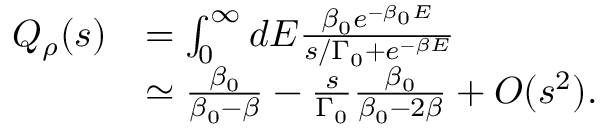
\begin{array} { r l } { Q _ { \rho } ( s ) } & { = \int _ { 0 } ^ { \infty } d E \frac { \beta _ { 0 } e ^ { - \beta _ { 0 } E } } { s / \Gamma _ { 0 } + e ^ { - \beta E } } } \\ & { \simeq \frac { \beta _ { 0 } } { \beta _ { 0 } - \beta } - \frac { s } { \Gamma _ { 0 } } \frac { \beta _ { 0 } } { \beta _ { 0 } - 2 \beta } + O ( s ^ { 2 } ) . } \end{array}